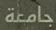
جامعة